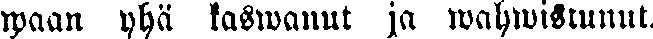
waan yhä kaswanut ja wahwistunut.